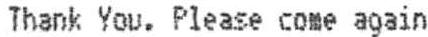
THANK YOU. PLEASE COME AGAIN